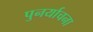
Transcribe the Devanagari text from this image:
पुनर्याचना